Investigations on Bengal jail dietaries - Number 37
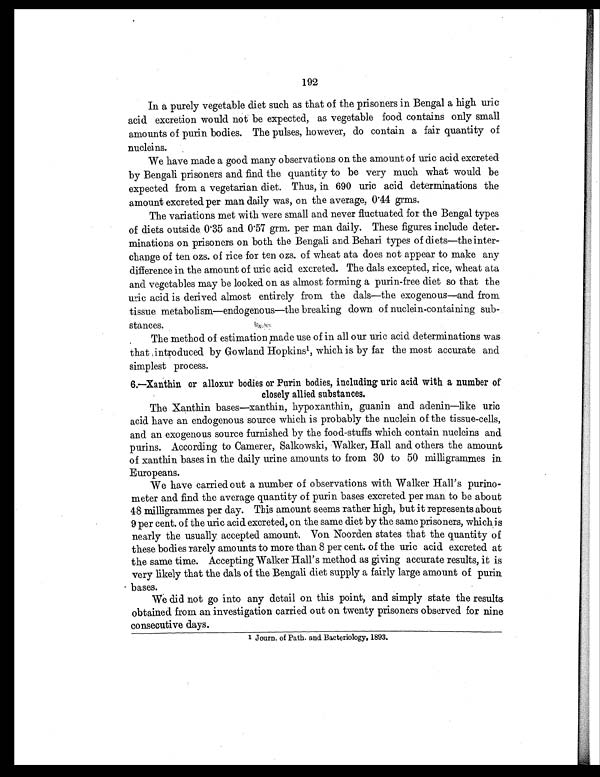
192
In a purely vegetable diet such as that of the prisoners in Bengal a high uric
acid excretion would not be expected, as vegetable food contains only small
amounts of purin bodies. The pulses, however, do contain a fair quantity of
nucleins.
We have made a good many observations on the amount of uric acid excreted
by Bengali prisoners and find the quantity to be very much what would be
expected from a vegetarian diet. Thus, in 690 uric acid determinations the
amount excreted per man daily was, on the average, 0.44 grms.
The variations met with were small and never fluctuated for the Bengal types
of diets outside 0.35 and 0.57 grm. per man daily. These figures include deter-
minations on prisoners on both the Bengali and Behari types of diets—the inter-
change of ten ozs. of rice for ten ozs. of wheat ata does not appear to make any
difference in the amount of uric acid excreted. The dais excepted, rice, wheat ata
and vegetables may be looked on as almost forming a purin-free diet so that the
uric acid is derived almost entirely from the dals—the exogenous—and from
tissue metabolism—endogenous—the breaking down of nuclein-containing sub-
stances.
The method of estimation made use of in all our uric acid determinations was
that introduced by Gowland Hopkins 1, which is by far the most accurate and
simplest process.
6.—Xanthin or alloxur bodies or Purin bodies, including uric acid with a number of
closely allied substances.
The Xanthin bases—xanthin, hypoxanthin, guanin and adenin—like uric
acid have an endogenous source which is probably the nuclein of the tissue-cells,
and an exogenous source furnished by the food-stuffs which contain nucleins and
purins. According to Camerer, Salkowski, Walker, Hall and others the amount
of xanthin bases in the daily urine amounts to from 30 to 50 milligrammes
i n E u r o p e a n s .
We have carried out a number of observations with Walker Hall's purino-
meter and find the average quantity of purin bases excreted per man to be about
48 milligrammes per day. This amount seems rather high, but it represents about
9 per cent. of the uric acid excreted, on the same diet by the same prisoners, which is
nearly the usually accepted amount. Von Noorden states that the quantity of
these bodies rarely amounts to more than 8 per cent. of the uric acid excreted at
the same time. Accepting Walker Hall's method as giving accurate results, it is
very likely that the dads of the Bengali diet supply a fairly large amount of purin
bases.
We did not go into any detail on this point, and simply state the results
obtained from an investigation carried out on twenty prisoners observed for nine
consecutive days.
1 Journ. of Path. and Bacteriology, 1893.